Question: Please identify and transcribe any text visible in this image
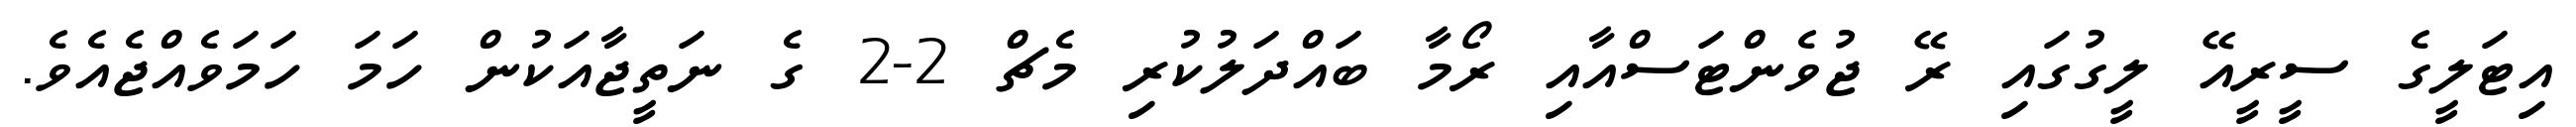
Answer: އިޓަލީގެ ސީރީއޭ ލީގުގައި ރޭ ޖުވެންޓަސްއާއި ރޯމާ ބައްދަލުކުރި މެޗް 2-2 ގެ ނަތީޖާއަކުން ހަމަ ހަމަވެއްޖެއެވެ.